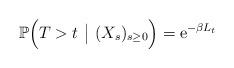
LaTeX: \begin{align*}\mathbb{P} \Big( T > t \ \big\vert \ (X_s)_{s \geq 0} \Big) = \mathrm{e}^{- \beta L_t} \end{align*}